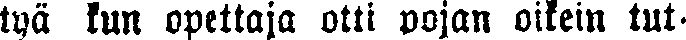
tyä kun opettaja otti pojan oikein tut-